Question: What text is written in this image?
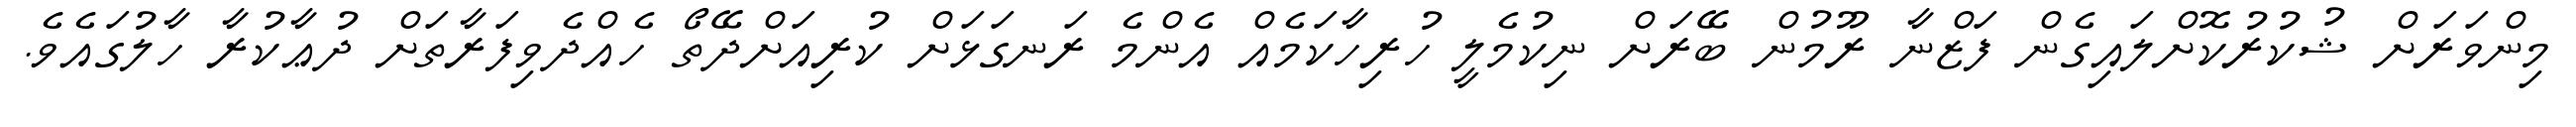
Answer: މިންވަރަށް ޝުކުރުކޮށްލައިގެން ފަޒްނާ ރޫމުން ބޭރަށް ނިކުމެލީ ހުރިހާކަމެއް އެންމެ ރަނގަޅަށް ކުރިއަށްދޭތޯ ހެއްދެވިފަރާތަށް ދުޢާކުރާ ހާލުގައެވެ.